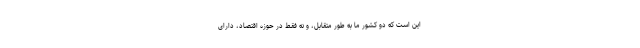
این است که دو کشور ما به طور متقابل، و نه فقط در حوزه اقتصاد، دارای